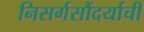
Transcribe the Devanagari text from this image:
निसर्गसौंदर्याची